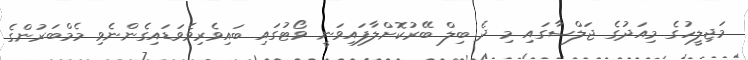
މަޖިލީހުގެ މިއަދުގެ ޖަލްސާގައި މި ދެ ބިލް ބޭރުކޮށްލާފައިވަނީ ވޯޓުގައި ބައިވެރިވެވަޑައިގެންނެވި މެމްބަރުންގެ